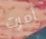
أمرت